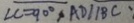
\angle C = 9 0 ^ { \circ } , A D / / B C